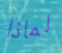
لماذا